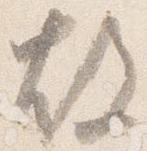
故